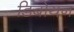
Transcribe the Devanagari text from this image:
डिबोयन